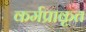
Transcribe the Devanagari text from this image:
कर्मप्राकृत